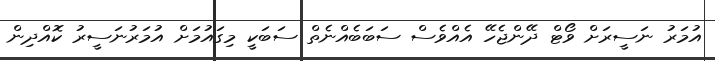
އުމަރު ނަސީރަށް ވޯޓް ދޭންޖެހޭ އެއްވެސް ސަބަބެއްނެތް ސަބަކީ މިގައުމަށް އުމަރުނަސީރު ކޮއްދިން